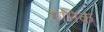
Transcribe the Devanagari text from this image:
गमिक